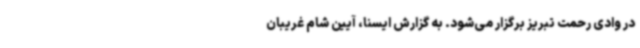
در وادی رحمت تبریز برگزار می‌شود. به گزارش ایسنا، آیین شام غریبان